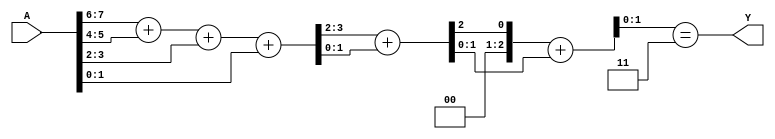
module div3(A,Y);

input wire [7:0] A;
output wire Y;

//La somma di ciascuna coppia fa al massimo 3*4=12
//Il risultato puo essere ospitato su 4 bit
wire [3:0] B;
wire [2:0] C;
wire [1:0] D;
wire ov;

assign {ov,B} = {2'b00,A[7:6]}+{2'b00,A[5:4]}+{2'b00,A[3:2]}+{2'b00,A[1:0]};
assign {ov,C} = {1'b0,B[3:2]}+{1'b0,B[1:0]};
assign {ov,D} = {1'b0,C[2]}+C[1:0];
assign Y = D==2'd3;

endmodule